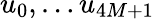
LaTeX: u_{0},\dots u_{4M+1}